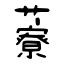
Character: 藔